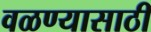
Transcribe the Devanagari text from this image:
वळण्यासाठी